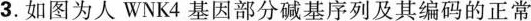
3.如图为人WNK4基因部分碱基序列及其编码的正常